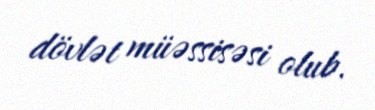
dövlət müəssisəsi olub.